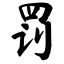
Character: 罚